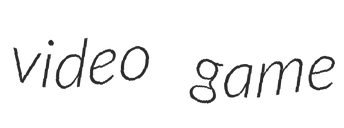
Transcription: video game